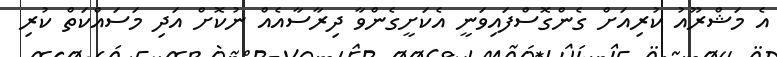
އެ މަޝްރޫއު ކުރިއަށް ގެންގޮސްފައިވަނީ އެކަށީގެންވާ ދިރާސާއެއް ނުކޮށް އަދި މަސައްކަތް ކުރި